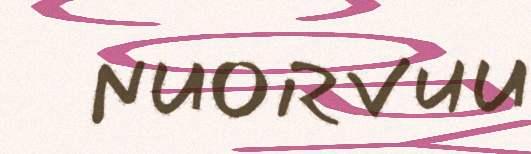
NUORVUU